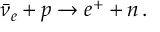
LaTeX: \bar { \nu } _ { e } + p \to e ^ { + } + n \, .